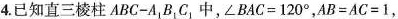
4. 已知直三棱柱ABC-A_{1}B_{1}C_{1}中，$$\angle BAC=120^{\circ}$$，$$AB=AC=1$$，